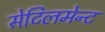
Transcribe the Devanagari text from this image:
सेटिलमेन्ट